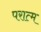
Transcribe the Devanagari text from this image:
परात्म